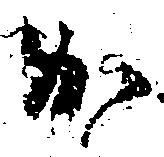
か